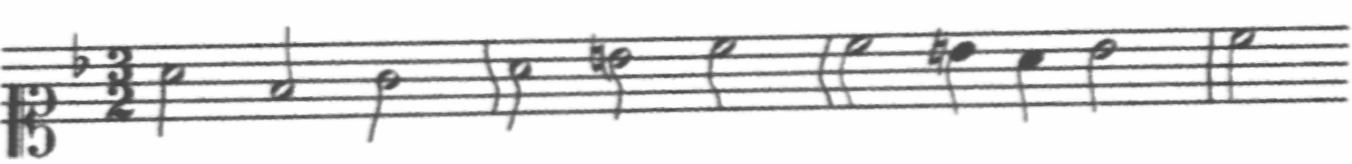
Transcription: clef-C1 keySignature-FM timeSignature-3/2 note-A4_half note-F4_half note-G4_half barline note-A4_half note-B4_half note-C5_half barline note-C5_half note-B4_quarter note-A4_quarter note-Bb4_half barline note-C5_half